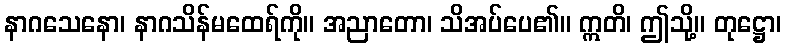
နာဂသေနော၊ နာဂသိန်မထေရ်ကို။ အညာတော၊ သိအပ်ပေ၏။ ဣတိ၊ ဤသို့။ တုဋ္ဌော၊